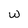
Character: w